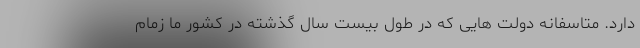
دارد. متاسفانه دولت هایی که در طول بیست سال گذشته در کشور ما زمام